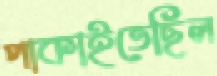
পাকাইতেছিল